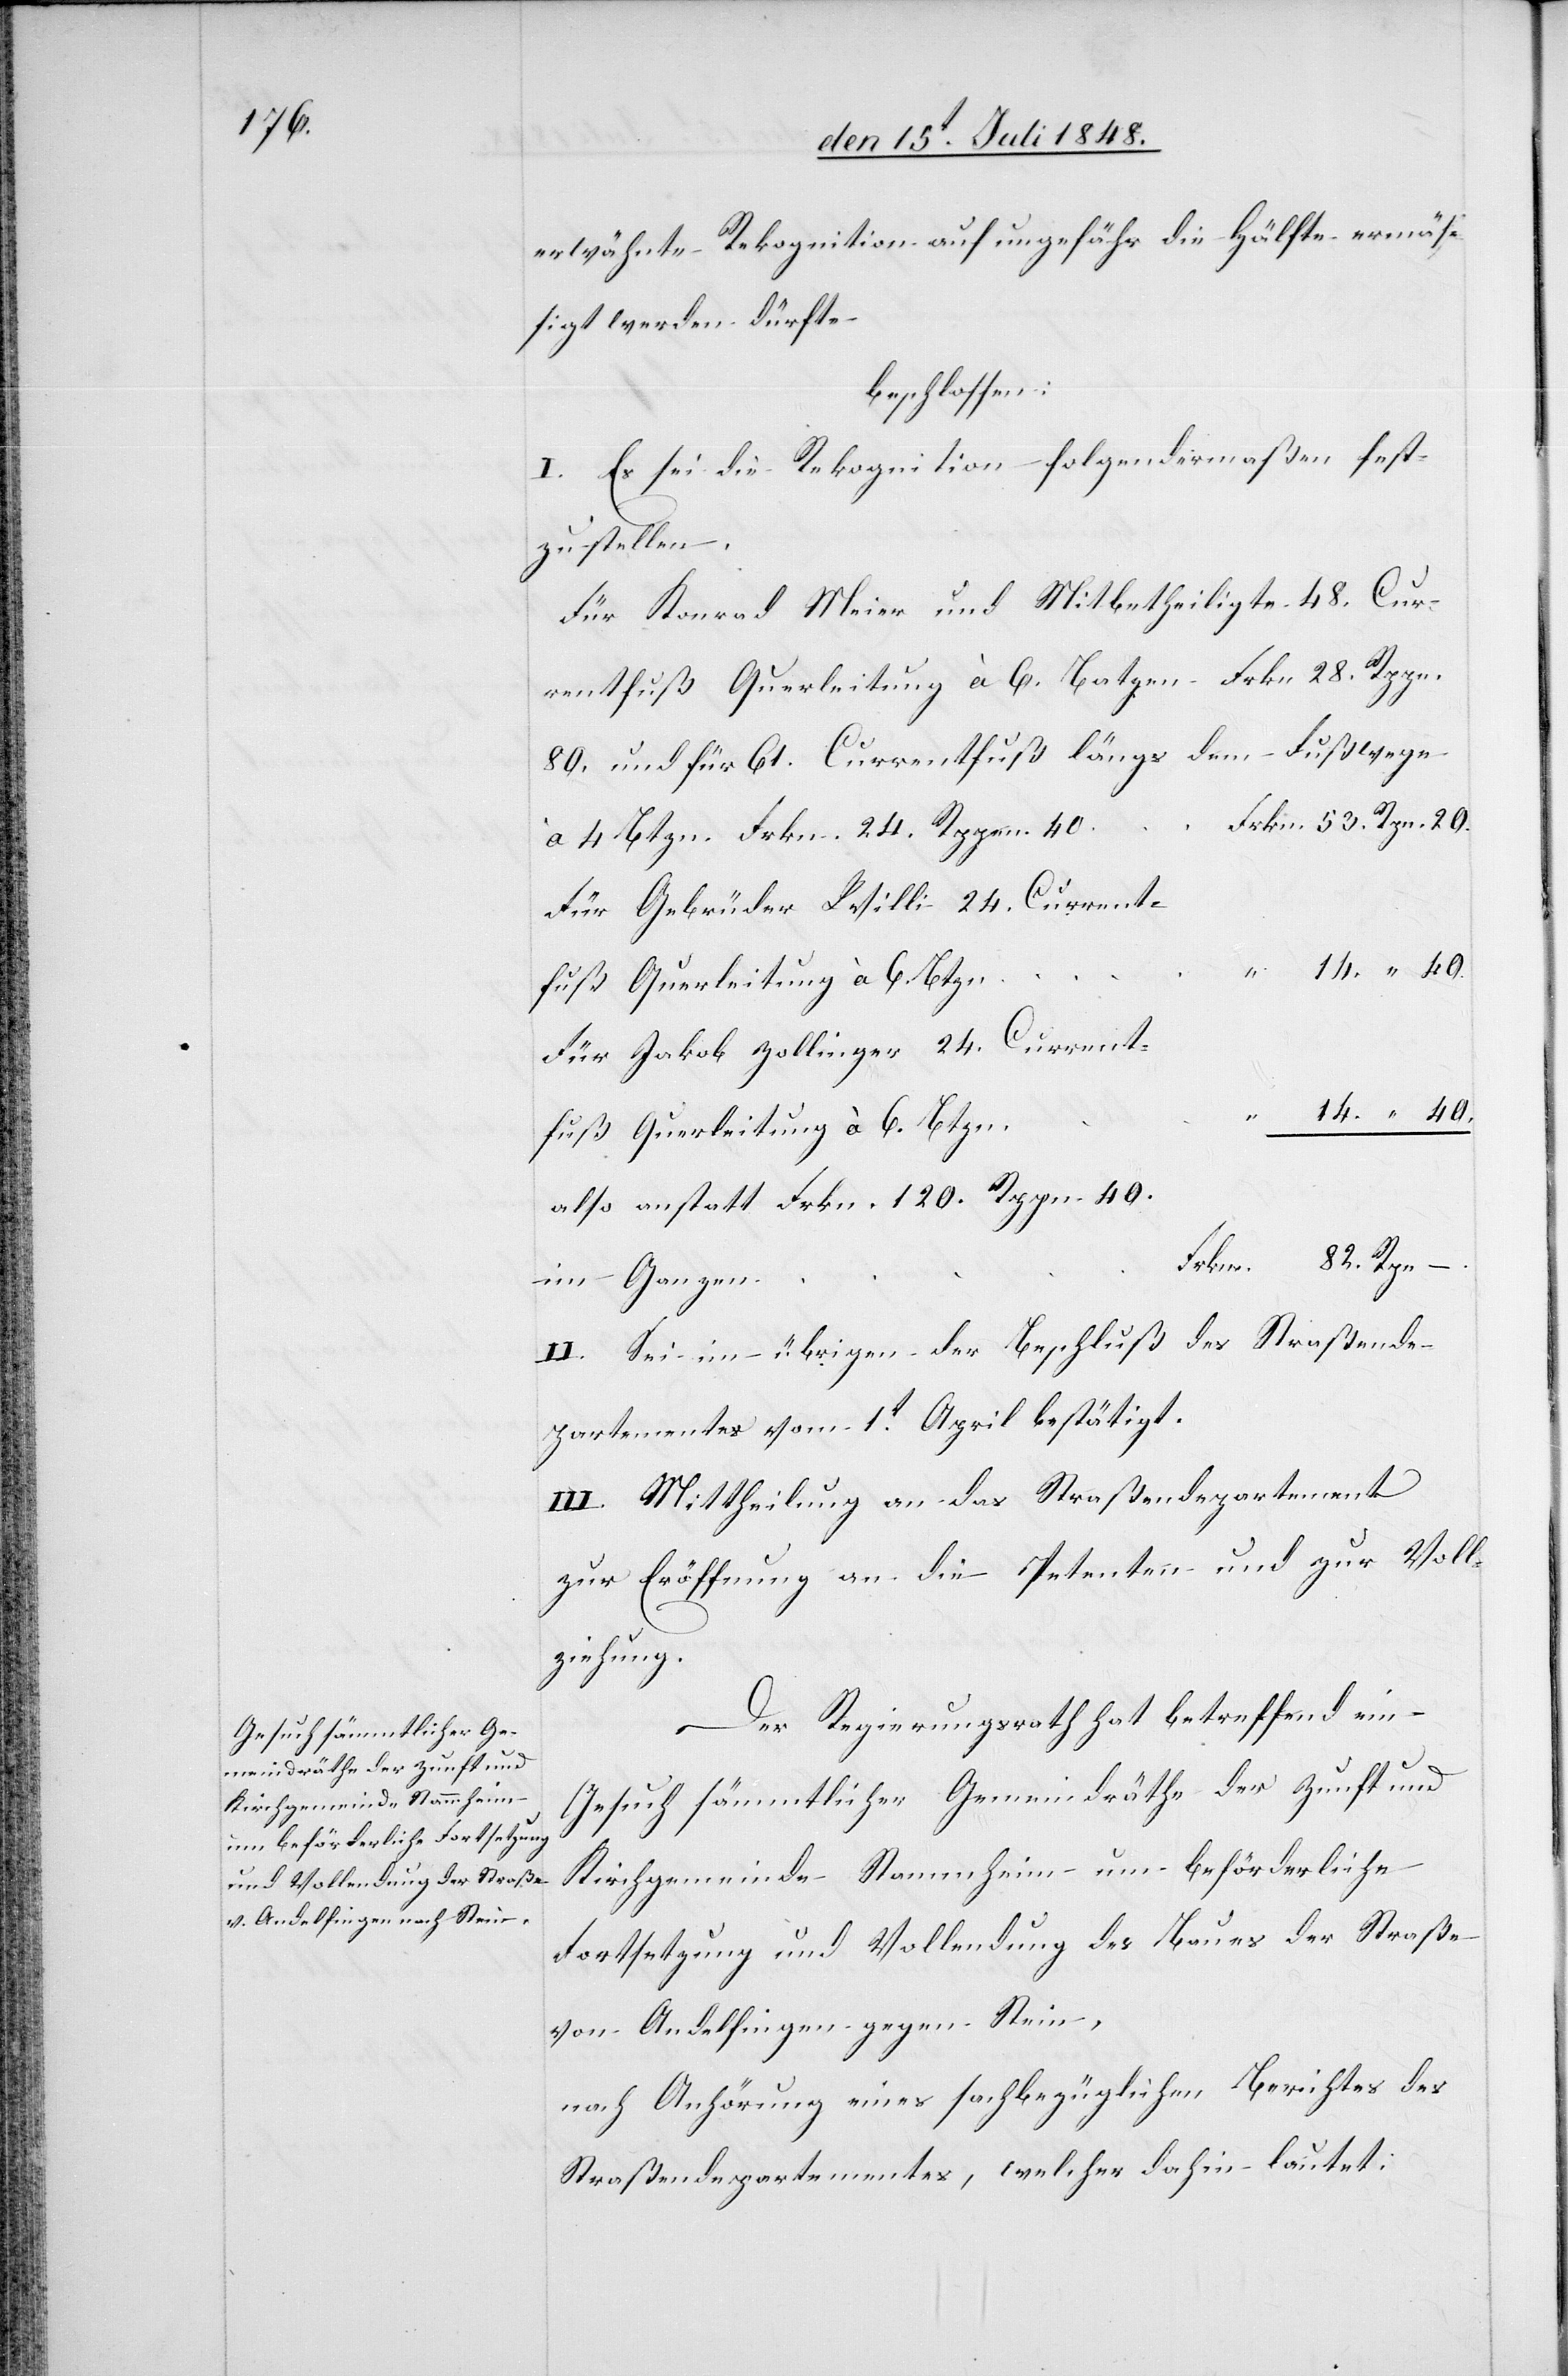
erwähnte Rekognition auf ungefähr die Hälfte ermäß¬
igt werden dürfte
beschlossen:
I. Es sei die Rekognition folgendermaßen fest¬
zustellen.
Für Konrad Meier und Mitbetheiligte 48. Cur¬
rentfuß Querleitung à 6. Batzen Frkn. 28. Rppn.
80. und für 61. Currentfuß längs dem Fußwege
à 4. Btzn Frkn. 24. Rppen. 40.
Für Gebrüder Willi 24. Current¬
Für Jakob Zollinger 24. Current¬
fuß Querleitung à 6. Btzn.
also anstatt Frkn. 120. Rppn. 40.
im Ganzen
II. Sei im übrigen der Beschluß des Straßende¬
partementes vom 1t April bestätigt.
III. Mittheilung an das Straßendepartement
zur Eröffnung an die Petenten und zur Voll¬
ziehung.
Der Regierungsrath hat betreffend ein
Gesuch sämmtlicher Gemeindräthe der Zunft und
Kirchgemeinde Stammheim um beförderliche
Fortsetzung und Vollendung des Baues der Straße
von Andelfingen gegen Stein,
nach Anhörung eines sachbezüglichen Berichtes des
Straßendepartementes, welcher dahin lautet: